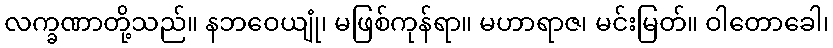
လက္ခဏာတို့သည်။ နဘဝေယျုံ၊ မဖြစ်ကုန်ရာ။ မဟာရာဇ၊ မင်းမြတ်။ ဝါတောခေါ၊